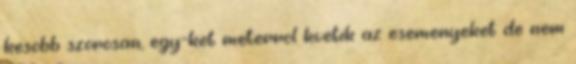
kesobb szorosan, egy-ket meterrol kvetik az esemenyeket de nem